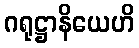
ဂရုဋ္ဌာနိယေဟိ